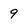
Character: 9